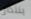
ينتصر